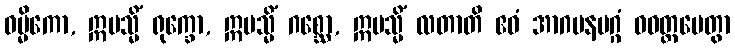
ဝမ္မိကော, ဣမသ္မိံ ရုက္ခော, ဣမသ္မိံ ဂစ္ဆော, ဣမသ္မိံ လတာတိ ဧဝံ အာဂမနမဂ္ဂံ ဝဝတ္ထပေတွာ